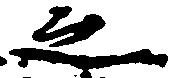
之